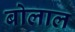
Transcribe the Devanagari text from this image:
बोलाल